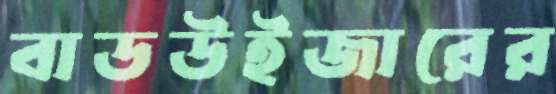
বাডউইজারের